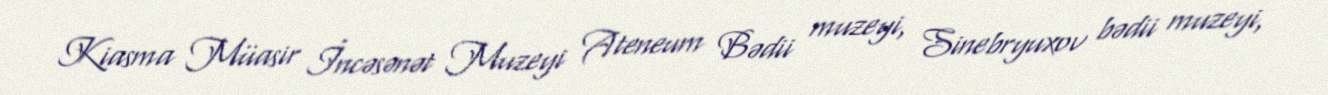
Kiasma Müasir İncəsənət Muzeyi Ateneum Bədii muzeyi, Sinebryuxov bədii muzeyi,